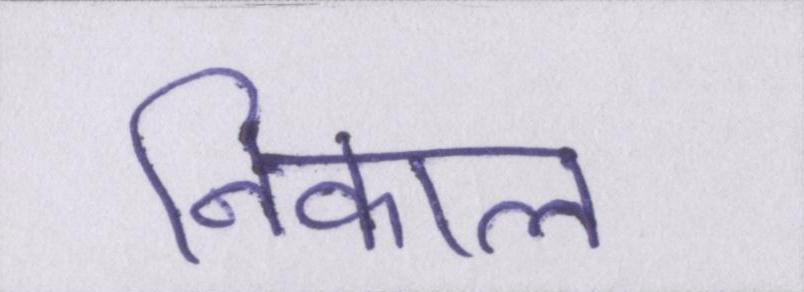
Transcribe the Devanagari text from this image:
निकाल